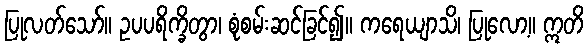
ပြုလတ်သော်။ ဥပပရိက္ခိတွာ၊ စုံစမ်းဆင်ခြင်၍။ ကရေယျာသိ၊ ပြုလော့။ ဣတိ